Annual report on the mental hospital in the Central Provinces and Berar (Nagpur) - 1927-1951
Year: 1927
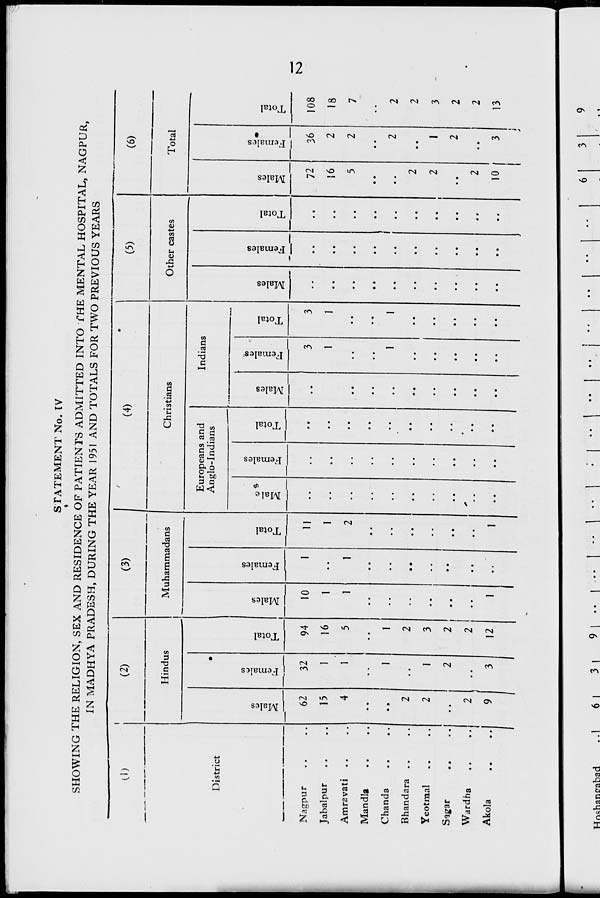
STATEMENT No. IV
t
SHOWING THE RELIGION, SEX AND RESIDENCE OF PATIENTS ADMITTED INTO THE MENTAL HOSPITAL, NAGPUR,
IN MADHYA PRADESH, DURING THE YEAR 1951 AND TOTALS FOR TWO PREVIOUS YEARS
1
(2)
(3)
(4)
•
Hindus
Muhammadans
Christians
District
Males
Females
13
•4->
o
h
Males
to
V
at
£
fa
13
o
H
Europeans and
Anglo-Indians
Indians
•
"3
s
fa
13
O
h
Males
CO
13
a
fa
13
+-<
o
H
Nagpur
62
32
94
10
1
11
3
3
Jabalpur
15
1
16
1
1
1
1
Amravati ..
4
1
5
1
1
2
..
MandJa
••
• •
Chanda
..
1
1
1
1
Bhandara
2
2
..
Yeotraal
2
I
3
,,
Sigar
• •
2
2
,.
• i
Wardha
]
2
2
*
,.
Akola
9
3
12
1
1
..
i
(5)
Other castes
CO
V
co
"3
£
fa
o
CO
-J
cc
72
16
5
2
2
(6)
Total
10
s
fa
36
2
2
I
2
ad
c
108
18
7
2
2
3
2
2
13
K)
Hoshancabad
1
6 I